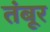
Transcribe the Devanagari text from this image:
तंबूर